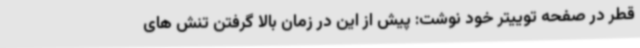
قطر در صفحه توییتر خود نوشت: پیش از این در زمان بالا گرفتن تنش های